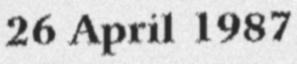
26 April 1987